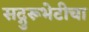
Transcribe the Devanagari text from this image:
सद्गुरूभेटीचा